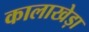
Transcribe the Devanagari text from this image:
कालाखेड़ा